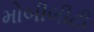
મોબીલીટી